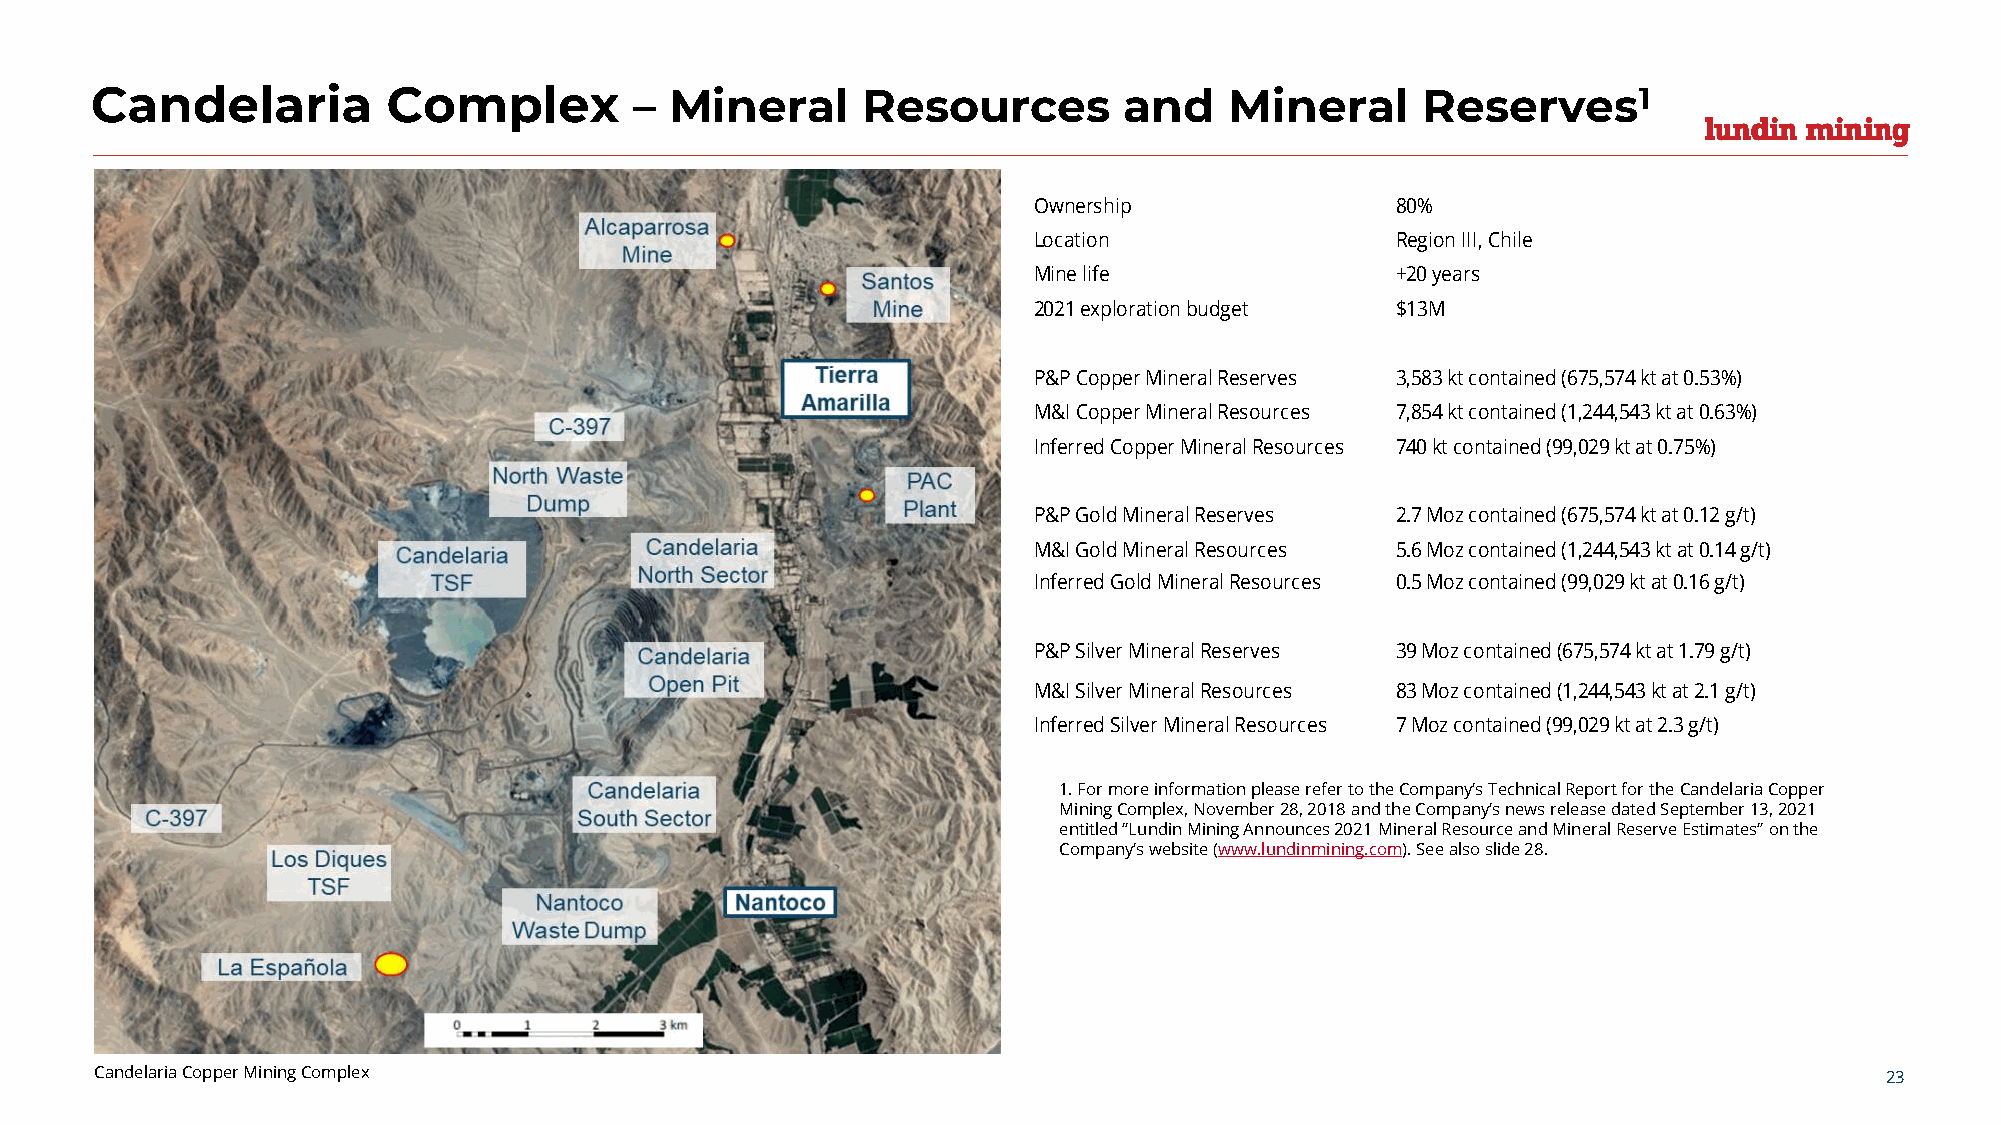
Candelaria          Complex         – Mineral      Resources        and    Mineral      Reserves1
 1. For more information please refer to the Company’s Technical Report for the Candelaria Copper
 Mining Complex, November 28, 2018 and the Company’s news release dated September 13, 2021
 entitled “Lundin Mining Announces 2021 Mineral Resource and Mineral Reserve Estimates” on the
 Company’s website (www.lundinmining.com). See also slide 28.
 Candelaria Copper Mining Complex                                                                                       23
 O w n e r s h ip
 L o c a t io n
 M in e lif e
 2 0 2 1 e x p lo r a t io n b u d g e t
 P & P C o p p e r M in e r a l R e s e r v e s
 M & I C o p p e r M in e r a l R e s o u r c e s
 In f e r r e d C o p p e r M in e r a l R e s o u r c
 P & P G o ld M in e r a l R e s e r v e s
 M & I G o ld M in e r a l R e s o u r c e s
 In f e r r e d G o ld M in e r a l R e s o u r c e s
 P & P S ilv e r M in e r a l R e s e r v e s
 M & I S ilv e r M in e r a l R e s o u r c e s
 In f e r r e d S ilv e r M in e r a l R e s o u r c e s
 e s
 8
 R
 +
 $
 3
 7
 7
 2
 5
 0
 3
 8
 7
 0 %
 e g io n III, C h ile
 2 0 y e a r s
 1 3 M
 ,5 8 3 k t c o n t a in
 ,8 5 4 k t c o n t a in
 4 0 k t c o n t a in e
 .7 M o z c o n t a in
 .6 M o z c o n t a in
 .5 M o z c o n t a in
 9 M o z c o n t a in
 3 M o z c o n t a in
 M o z c o n t a in e
 e d (6 7 5 ,5 7 4 k t a t 0 .5 3 % )
 e d (1 ,2 4 4 ,5 4 3 k t a t 0 .6 3 % )
 d (9 9 ,0 2 9 k t a t 0 .7 5 % )
 e d (6 7 5 ,5 7 4 k t a t 0 .1 2 g / t )
 e d (1 ,2 4 4 ,5 4 3 k t a t 0 .1 4 g /
 e d (9 9 ,0 2 9 k t a t 0 .1 6 g / t )
 e d (6 7 5 ,5 7 4 k t a t 1 .7 9 g / t )
 e d (1 ,2 4 4 ,5 4 3 k t a t 2 .1 g / t )
 d (9 9 ,0 2 9 k t a t 2 .3 g / t )
 t )